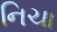
નિચા